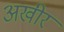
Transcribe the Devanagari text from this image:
अखीर